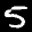
Label: 5